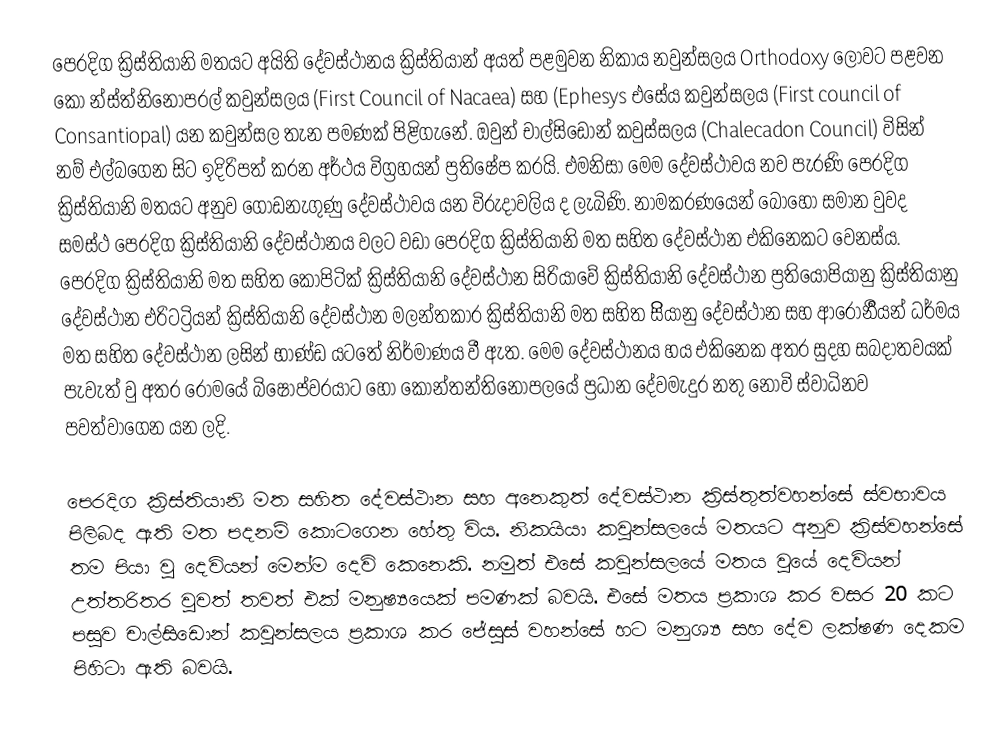
පෙරදිග ක්‍රිස්තියානි මතයට අයිති දේවස්ථානය ක්‍රිස්තියාන් අයත් පළමුවන නිකාය නවුන්සලය Orthodoxy ලොවට පළවන කො න්ස්ත්නිනෝපරල් කවුන්සලය (First Council of Nacaea) සහ (Ephesys එසේය කවුන්සලය (First council of Consantiopal) යන කවුන්සල තැන පමණක් පිළිගැනේ. ඔවුන් චාල්සිඩොන් කවුස්සලය   (Chalecadon Council) විසින් නම් එල්බගෙන සිට ඉදිරිපත් කරන අර්ථය විග්‍රහයන් ප්‍රතිෂේප කරයි. එමනිසා මෙම දේවස්ථාවය නව පැරණි පෙරදිග ක්‍රිස්තියානි මතයට අනුව ගොඩනැගුණු දේවස්ථාවය යන විරුදාවලිය ද ලැබිණි. නාමකරණයෙන් බොහෝ සමාන වුවද සමස්ථ පෙරදිග ක්‍රිස්තියානි දේවස්ථානය වලට වඩා පෙරදිග ක්‍රිස්තියානි මත සහිත දේවස්ථාන එකිනෙකට වෙනස්ය. පෙරදිග ක්‍රිස්තියානි මත සහිත කොපිටික් ක්‍රිස්තියානි දේවස්ථාන  සිරියාවේ ක්‍රිස්තියානි දේවස්ථාන ප්‍රතියෝපියානු ක්‍රිස්තියානු දේවස්ථාන එරිටට්‍රියන් ක්‍රිස්තියානි දේවස්ථාන මලන්තකාර ක්‍රිස්තියානි මත සහිත සිියානු දේවස්ථාන සහ ආරෝර්‍නියන් ධර්මය මත සහිත දේවස්ථාන ලසින් භාණ්ඩ යටතේ නිර්මාණය වී ඇත. මෙම දේවස්ථානය හය එකිනෙක අතර සුදහ සබදාතවයක් පැවැත් වු අතර රෝමයේ බිෂොප්වරයාට හෝ කොන්තන්තිනෝපලයේ ප්‍රධාන දේවමැදුර නතු නොවි ස්වාධිනව පවත්වාගෙන යන ලදි.

පෙරදිග ක්‍රිස්තියානි මත සහිත දේවස්ථාන සහ අනෙකුත් දේවස්ථාන ක්‍රිස්තුත්වහන්සේ ස්වභාවය පිලිබද ඇති මත පදනම් කොටගෙන හේතු විය. නිකයියා කවුන්සලයේ මතයට අනුව ක්‍රිස්වහන්සේ තම පියා වු දෙවියන් මෙන්ම දෙවි කෙනෙකි. නමුත් එසේ කවුන්සලයේ මතය වුයේ දෙවියන් උත්තරිතර වුවත් තවත් එක් මනුෂ්‍යයෙක් පමණක් බවයි. එසේ මතය ප්‍රකාශ කර වසර 20 කට පසුව චාල්සිඩොන් කවුන්සලය ප්‍රකාශ කර ජේසුස් වහන්සේ හට මනුශ්‍ය සහ දේව ලක්ෂණ දෙකම පිහිටා ඇති බවයි.